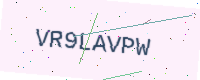
Text: VR9LAVPW